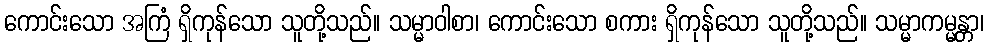
ကောင်းသော အကြံ ရှိကုန်သော သူတို့သည်။ သမ္မာဝါစာ၊ ကောင်းသော စကား ရှိကုန်သော သူတို့သည်။ သမ္မာကမ္မန္တာ၊